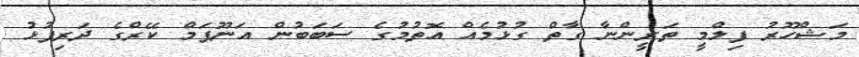
މަޝްހޫރު ފިލްމީ ތަރީންނާ ގާތް ގުޅުމެއް އޮތުމުގެ ސަބަބުން އަނޫޕަމް ކޭރްގެ ދަރިފުޅު